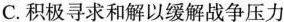
C.积极寻求和解以缓解战争压力